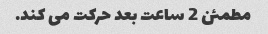
مطمئن 2 ساعت بعد حرکت می کند.